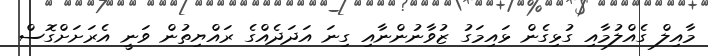
މާއިލް ގެއްލުމާއި ގުޅިގެން ޅައިމަގު ޒުވާނުންނާއި ގިނަ އަދަދެއްގެ ރައްޔިތުން ވަނީ އެރަށަށްގޮސް